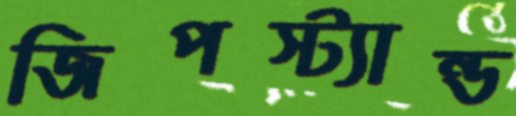
জিপস্ট্যান্ড